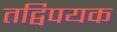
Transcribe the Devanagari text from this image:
तद्विपयक